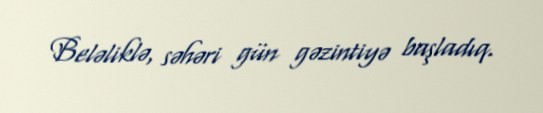
Beləliklə, səhəri gün gəzintiyə başladıq.